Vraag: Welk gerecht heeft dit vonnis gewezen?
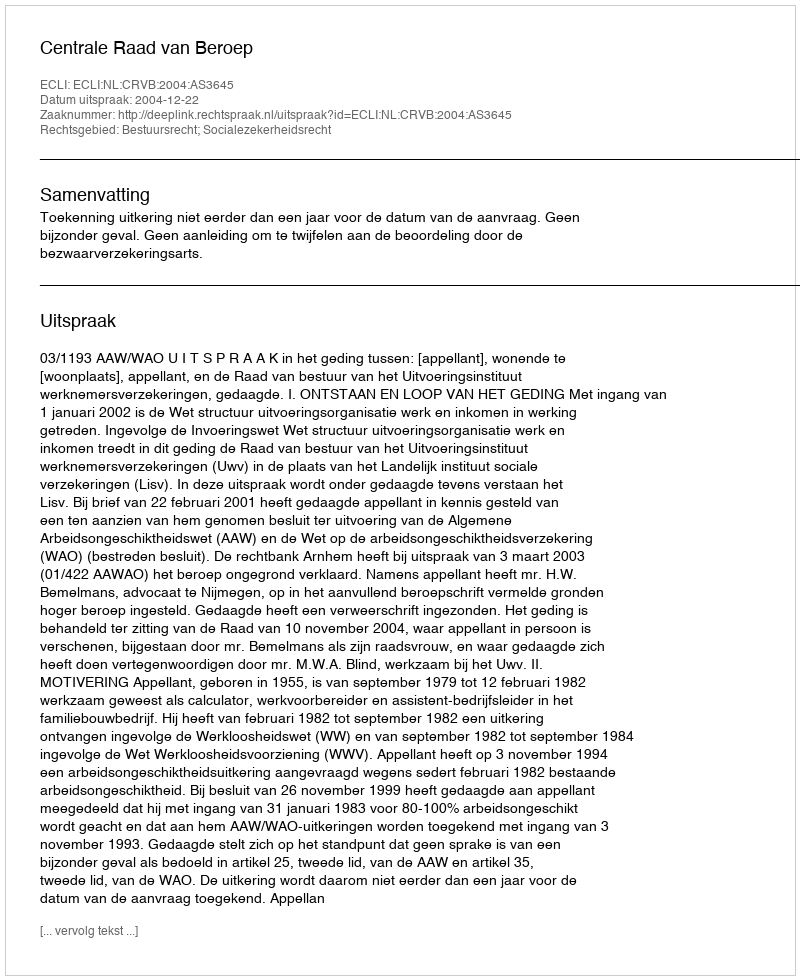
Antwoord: Centrale Raad van Beroep